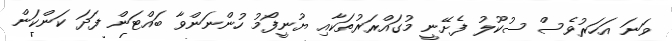
ވަނަ އަހަރުވެސް ސުކޫލު ފެށޭނީ މުގައްރަރުތަކާއި ޔުނީފޯމު ހުންނަންވާ ބައްޓަން ފަދަ ކަންކަން